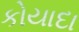
કોયાદા